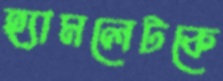
হ্যামলেটকে